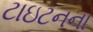
ટાઇટનના